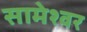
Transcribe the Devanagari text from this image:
सामेश्वर